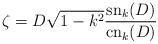
LaTeX: \begin{align*}\zeta= D\sqrt{1-k^2}\frac{{\rm sn}_k(D)}{{\rm cn}_k(D)}\end{align*}